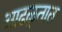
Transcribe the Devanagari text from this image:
आढळ्तात